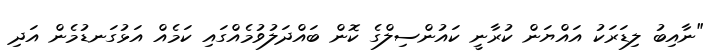
"ނާއިބު ލިޑަރަކު އައްޔަން ކުރާނީ ކައުންސިލްގެ ކޮން ބައްދަލުވުމެއްގައި ކަމެއް އަޅުގަނޑުމެން އަދި